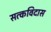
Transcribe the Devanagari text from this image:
सत्कविदास